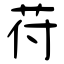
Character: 苻